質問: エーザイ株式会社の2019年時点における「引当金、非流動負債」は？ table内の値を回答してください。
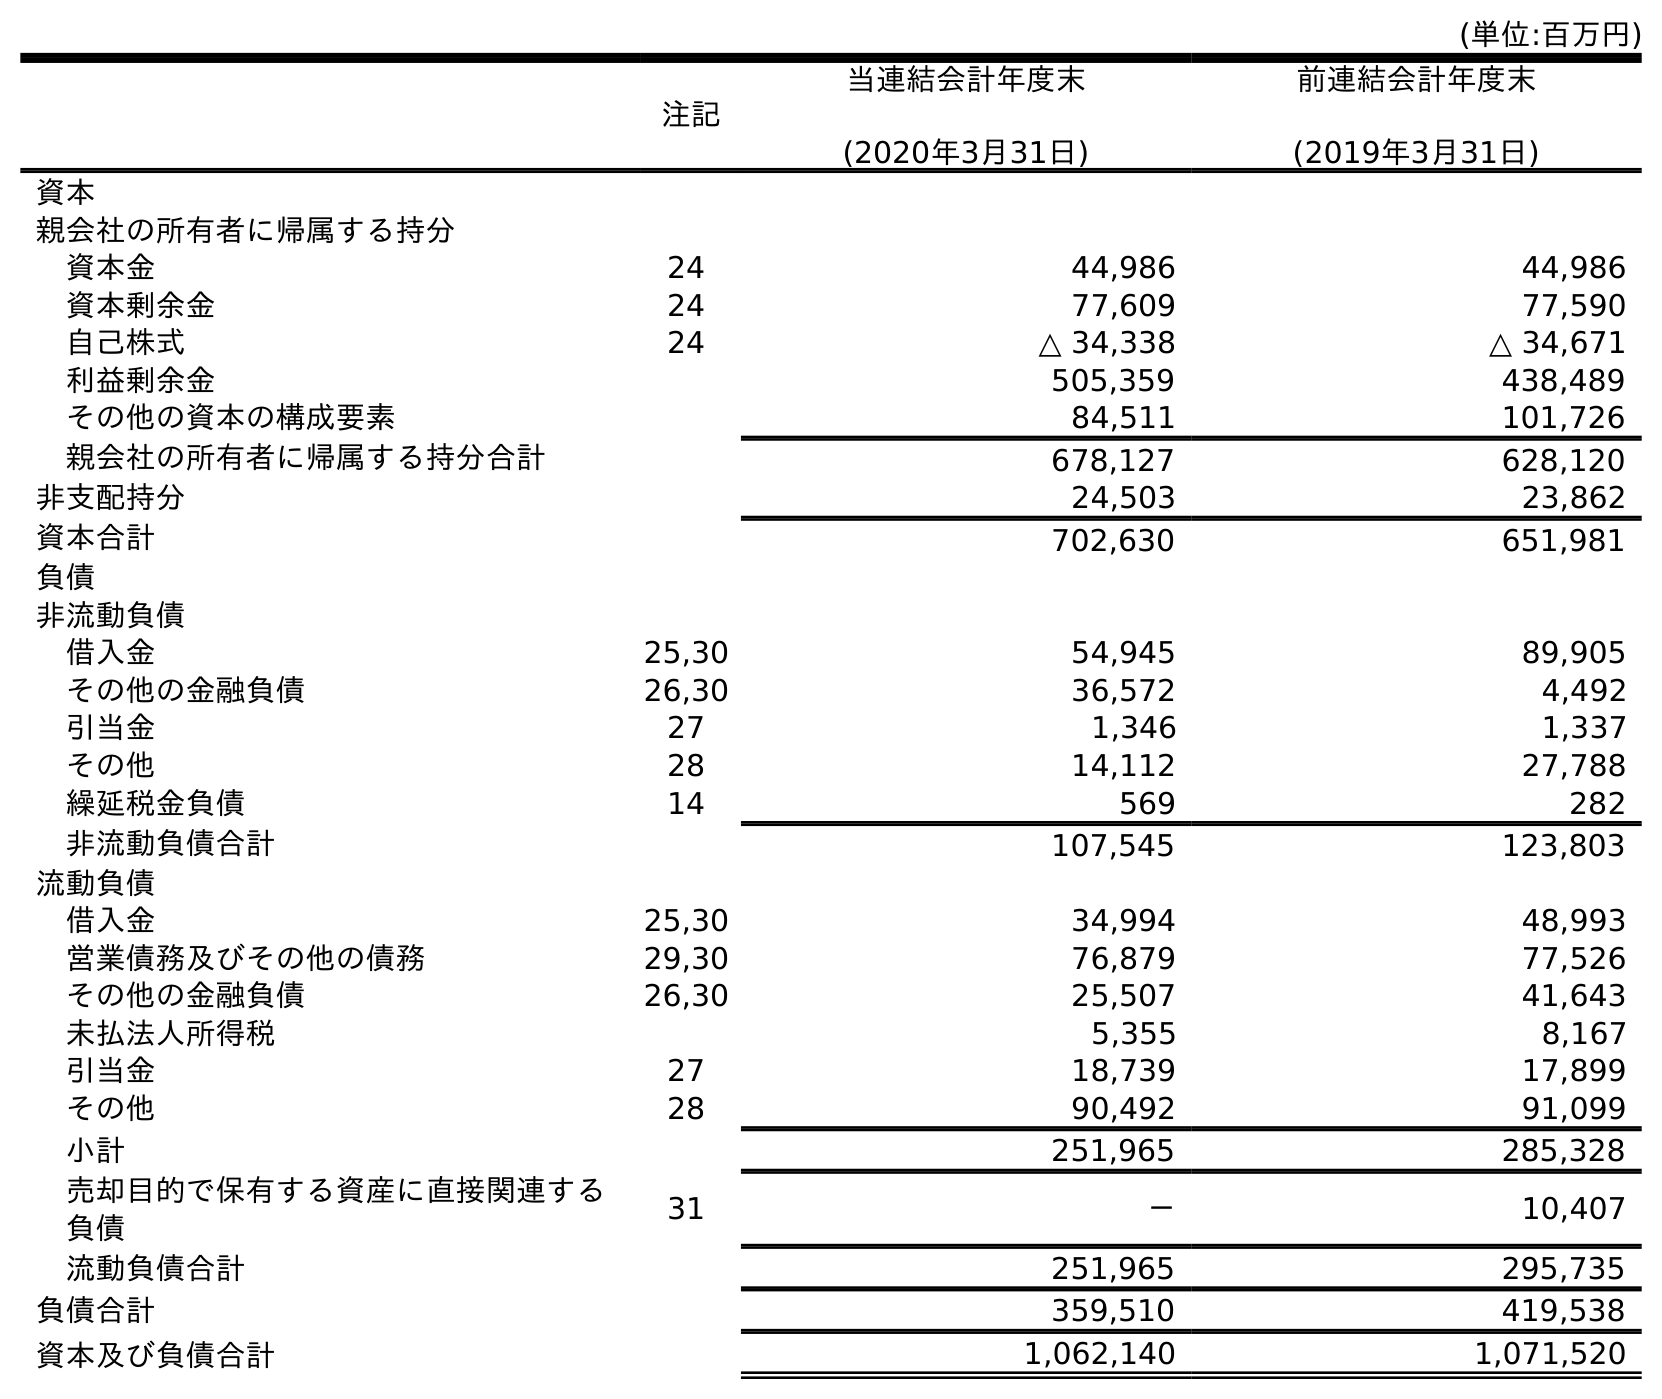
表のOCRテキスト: (単位:百万円) 注記 当連結会計年度末 (2020年3月31日) 前連結会計年度末 (2019年3月31日) 資本 親会社の所有者に帰属する持分 資本金 24 44,986 44,986 資本剰余金 24 77,609 77,590 自己株式 24 △ 34,338 △ 34,671 利益剰余金 505,359 438,489 その他の資本の構成要素 84,511 101,726 親会社の所有者に帰属する持分合計 678,127 628,120 非支配持分 24,503 23,862 資本合計 702,630 651,981 負債 非流動負債 借入金 25,30 54,945 89,905 その他の金融負債 26,30 36,572 4,492 引当金 27 1,346 1,337 その他 28 14,112 27,788 繰延税金負債 14 569 282 非流動負債合計 107,545 123,803 流動負債 借入金 25,30 34,994 48,993 営業債務及びその他の債務 29,30 76,879 77,526 その他の金融負債 26,30 25,507 41,643 未払法人所得税 5,355 8,167 引当金 27 18,739 17,899 その他 28 90,492 91,099 小計 251,965 285,328 売却目的で保有する資産に直接関連する 負債 31 － 10,407 流動負債合計 251,965 295,735 負債合計 359,510 419,538 資本及び負債合計 1,062,140 1,071,520
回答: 1,337